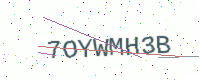
Text: 7OYWMH3B